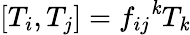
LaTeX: [T_{i},T_{j}]={f_{ij}}^{\mathit{k}}T_{\mathit{k}}